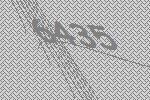
6435